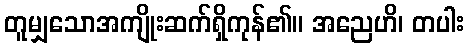
တူမျှသောအကျိုးဆက်ရှိကုန်၏။ အညေဟိ၊ တပါး